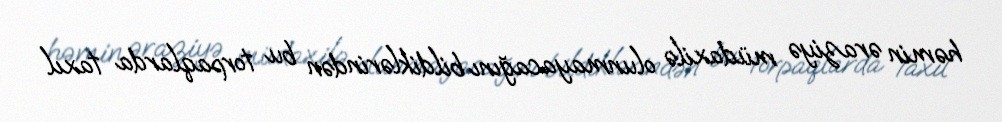
həmin əraziyə müdaxilə olunmayacağını bildiklərindən bu torpaqlarda taxıl